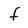
Character: f